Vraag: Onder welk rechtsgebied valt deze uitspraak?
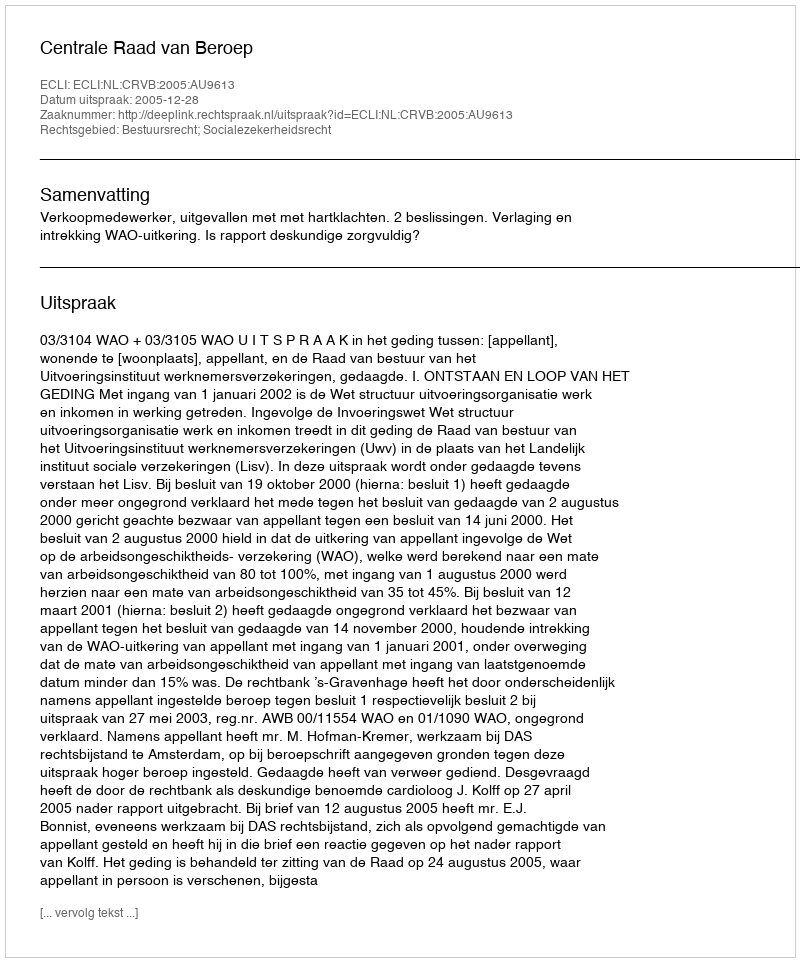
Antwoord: Bestuursrecht; Socialezekerheidsrecht